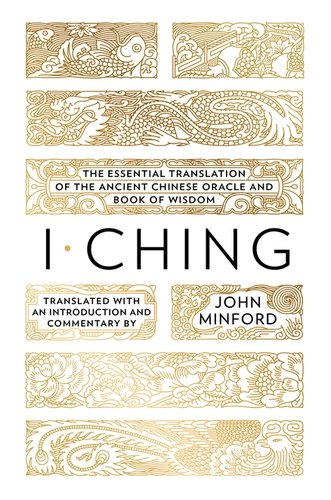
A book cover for I Ching: The Essential Translation of the Ancient Chinese Oracle and Book of Wisdom; John Minford; Religion & Spirituality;